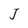
Character: J